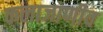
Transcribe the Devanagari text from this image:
कलाजाणीव